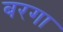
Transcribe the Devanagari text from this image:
बरगा